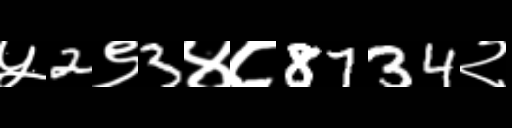
Text: ५2९3४८8734२